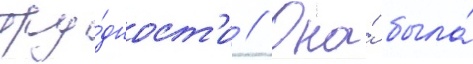
тру́дност'и // Она́ была́